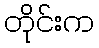
တိုင်းက